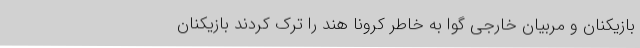
بازیکنان و مربیان خارجی گوا به خاطر کرونا هند را ترک کردند بازیکنان